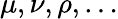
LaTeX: \mu,\nu,\rho,\dots